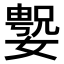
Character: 𫱲